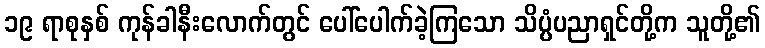
၁၉ ရာစုနှစ် ကုန်ခါနီးလောက်တွင် ပေါ်ပေါက်ခဲ့ကြသော သိပ္ပံပညာရှင်တို့က သူတို့၏